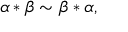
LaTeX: \alpha * \beta \sim \beta * \alpha ,